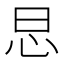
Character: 𢗭